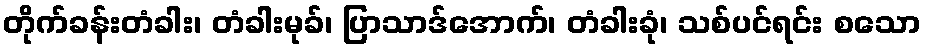
တိုက်ခန်းတံခါး၊ တံခါးမုခ်၊ ပြာသာဒ်အောက်၊ တံခါးခုံ၊ သစ်ပင်ရင်း စသော